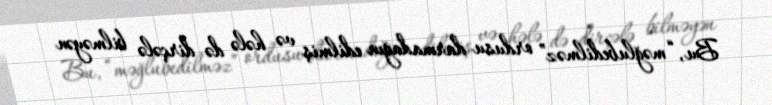
Bu, “məğlubedilməz” ordusu darmadağın edilmiş və hələ də dirçələ bilməyən